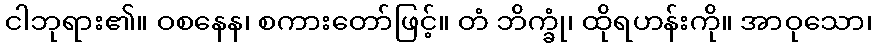
ငါဘုရား၏။ ဝစနေန၊ စကားတော်ဖြင့်။ တံ ဘိက္ခုံ၊ ထိုရဟန်းကို။ အာဝုသော၊